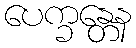
ပေက္ခန္တေန